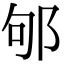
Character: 邭